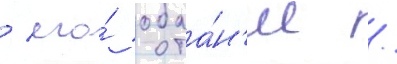
/ его́ обаа́н'ие /